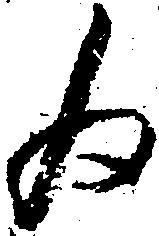
為